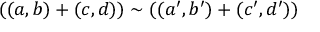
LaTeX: ( ( a , b ) + ( c , d ) ) \sim ( ( a ^ { \prime } , b ^ { \prime } ) + ( c ^ { \prime } , d ^ { \prime } ) )